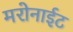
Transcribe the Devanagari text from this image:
मरोनाईट